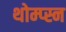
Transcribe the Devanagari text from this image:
थोम्प्स्न